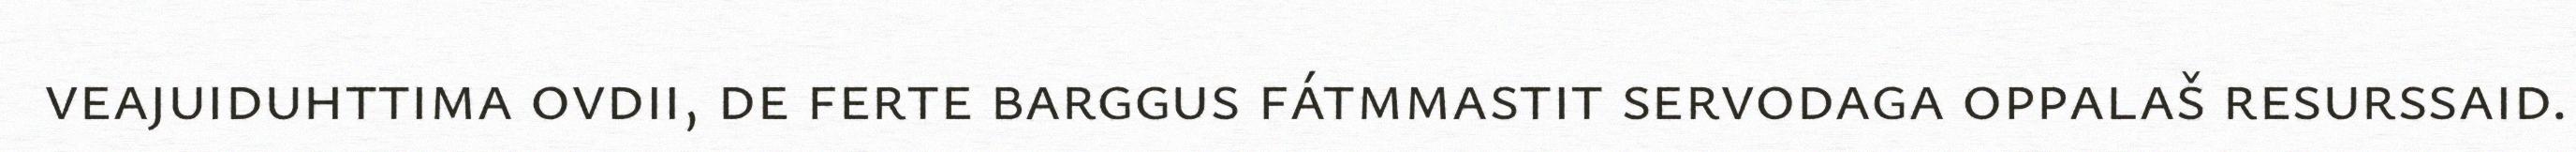
veajuiduhttima ovdii, de ferte barggus fátmmastit servodaga oppalaš resurssaid.